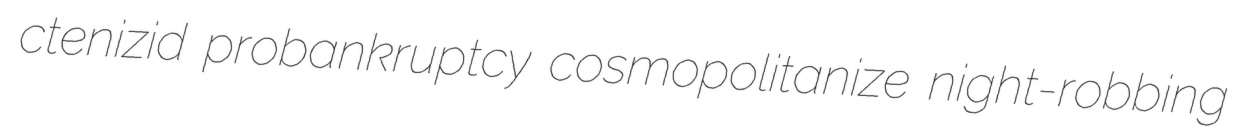
ctenizid probankruptcy cosmopolitanize night-robbing